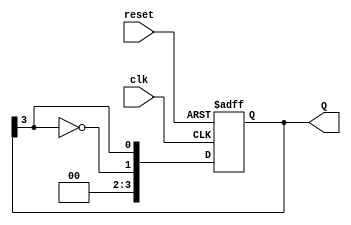
module johnson_counter #(
    parameter N = 4  // Number of flip-flops
) (
    input wire clk,          // Clock signal
    input wire reset,        // Asynchronous reset
    output reg [N-1:0] Q     // Output state of the counter
);

    always @(posedge clk or posedge reset) begin
        if (reset) begin
            Q <= 0;           // Reset all flip-flops to 0
        end else begin
            // Feedback mechanism: Invert the last flip-flop and feed it to the first
            Q <= {~Q[N-1], Q[N-1:N-1]}; // Shift and feedback
        end
    end

endmodule